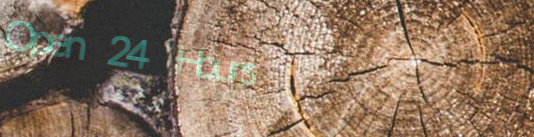
Open 24 Hours